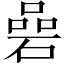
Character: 碞